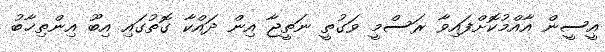
އީސީން އާއްމުކޮށްފައިވާ ރަސްމީ ވަގުތީ ނަތީޖާ އިން ދައްކާ ގޮތުގައި އިބޫ އިންތިޚާބު